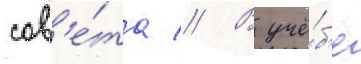
сов'е́та // В учё́б'е